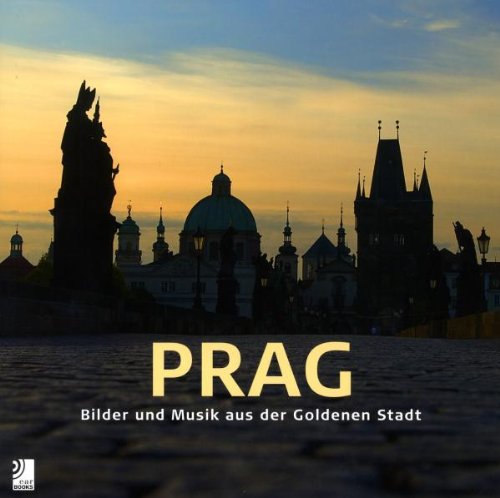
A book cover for Prague; Travel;